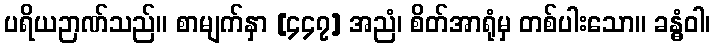
ပရိယဉာဏ်သည်။ စာမျက်နှာ [၄၄၇] အညံ၊ စိတ်အာရုံမှ တစ်ပါးသော။ ခန္ဓံဝါ၊